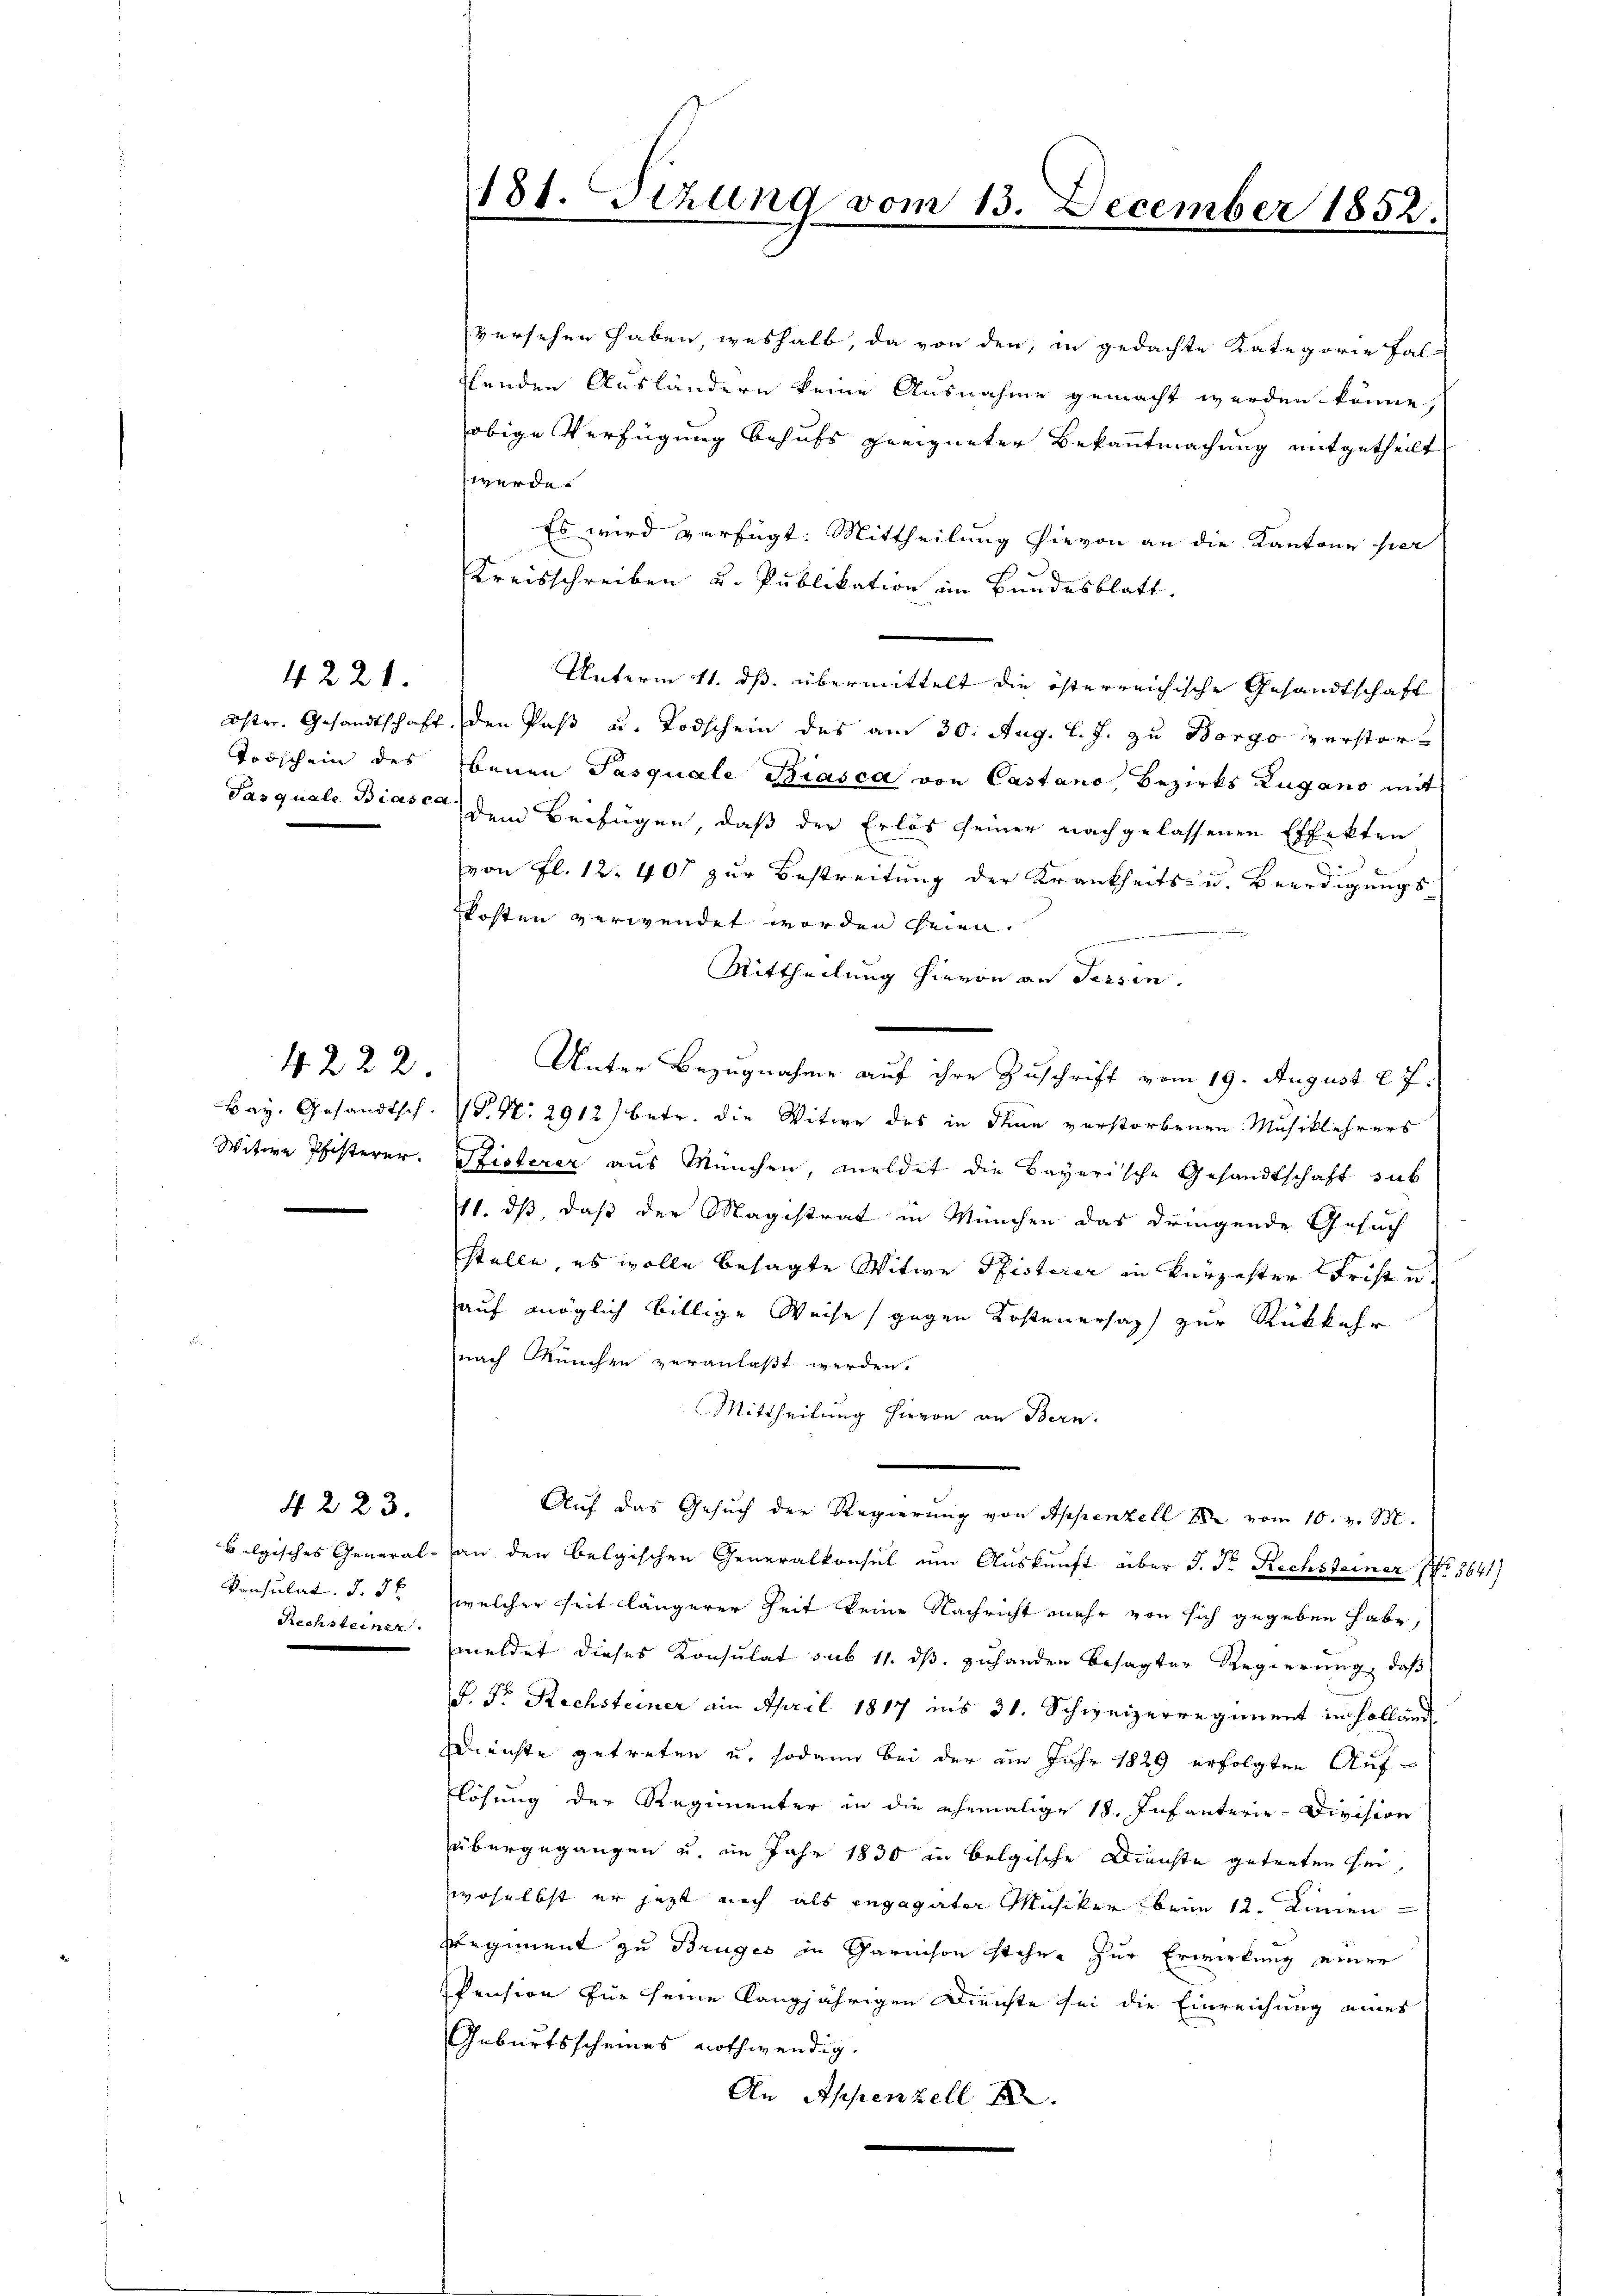
Torschein des

4221.

Bay. Gesandtsch.
Witwe Pfisterer.

4222.

4 223.
konsulat. d. 3 t
Rechsteiner

versehen haben, weshalb, da von den, in gedachte Kategorie Fal-
Ehenden Ausländern keine Ausnahme gemacht werden könne,
obige Verfügung behufs geeigneter Bekanntmachung mitgetheilt
werde.
Es wird verfügt: Mittheilung hievon an die Kantone hier
Kreisschreiben u. Publikation im Bundesblatt.
Unterm 11. ds. übermittelt die österreichische Gesandtschaft
Oster. Gesandtschaft, den Paß u. Todschein des am 30. Aug. l. J. zu Borgo verstorbenen Pasquale Biasca von Castano, Bezirks Zugano mit
Pasquale Biasca dem Beifügen, daß der Erlös seiner nachgelassenen Effekten
von fl. 12. 401 zur Bestreitung der Krankheits- u. Beerdigungskosten verwendet worden seien.
Mittheilung hievon an Tessin.
Unter Bezugnahme auf ihre Zuschrift vom 19. August 27.
P. Nr. 2912) betr. die Witwe des in Thun verstorbenen Musiklehrers
Pfisterer aus München, meldet die Bayerische Gesandtschaft sub
11. ds, daß der Magistrat in München das dringende Gesuch
stelle, es wolle besagte Witwe Pfisterer in kürzester Frist u
auf möglich billige Weise gegen Kostenersaph zur Rückkehr
nach München veranlaßt werden.
Mittheilung hievon an Bern.
Auf das Gesuch der Regierung von Appenzell 1882 vom 10. v. M.
belgisches General- an den belgischen Generalkonsul um Auskunft über J. Fr. Rechsteiner No. 5641)
welcher seit längerer Zeit keine Nachricht mehr von sich gegeben habe,
meldet dieses Konsulat sub 11. dβ zuhanden besagter Regierung, daß
P. Dr. Rechsteiner ain April 1817 ins 31. Schweizerregiment in holländ
Dienste getreten u. sodann bei der im Jahr 1829 erfolgten Auflösung der Regimenter in die ehemalige 18. Infanterie-Division
übergegangen u. im Jahr 1830 in belgische Dienste getreten sei,
woselbst er jetzt noch als engagater Musiker beim 12. Linien
Regiment zu Bruges in Garnison stehen zur Erwirkung einer
Pension für seine langjährigen Dienste sei die Einreichung eines
Geburtsscheines nothwendig.
An Appenzell

181. Sizung vom 13. December 1852.